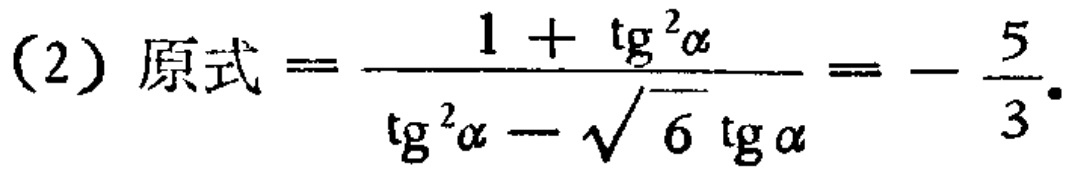
(2) 原式$=\frac{1 + \mathrm{tg}^{2}\alpha}{\mathrm{tg}^{2}\alpha - \sqrt{6}\mathrm{tg}\alpha}=-\frac{5}{3}.$